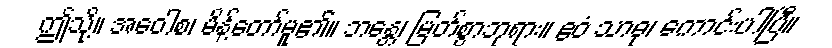
ဤသို့။ အဝေါစ၊ မိန့်တော်မူ၏။ ဘန္တေ၊ မြတ်စွာဘုရား။ ဧဝံ သာဓု၊ ကောင်းပါပြီ။